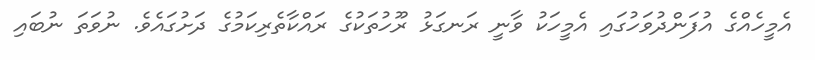
އެމީހެއްގެ އުފަންދުވަހުގައި އެމީހަކު ވާނީ ރަނގަޅު ރޫހުތަކުގެ ރައްކާތެރިކަމުގެ ދަށުގައެވެ. ނުވަތަ ނުބައި